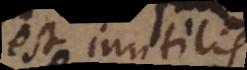
est inutilis